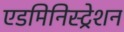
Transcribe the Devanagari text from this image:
एडमिनिस्‍ट्रेशन